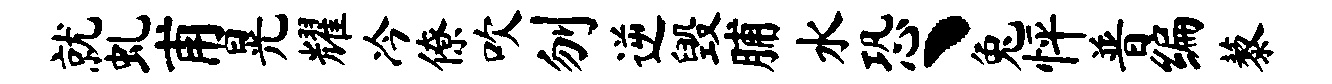
就虬甫晃耀冷僚吹刎逆毁脯水恐丶兔怦普编藜